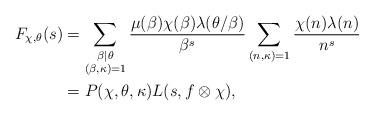
LaTeX: \begin{align*}F_{\chi,\theta}(s) &= \sum_{\substack{\beta \mid \theta \\ (\beta,\kappa)=1}}\frac{\mu(\beta)\chi(\beta)\lambda(\theta/\beta)}{\beta^s}\sum_{(n,\kappa)=1} \frac{\chi(n)\lambda(n)}{n^s} \\&= P(\chi,\theta,\kappa)L(s,f\otimes \chi),\end{align*}